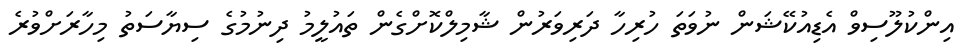
އިންކުލޫސިވް އެޑިއުކޭޝަން ނުވަތަ ހުރިހާ ދަރިވަރުން ޝާމިލްކޮށްގެން ތައުލީމު ދިނުމުގެ ސިޔާސަތު މިހާރަށްވުރެ